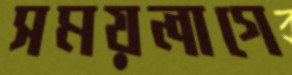
সময়লাগে